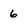
Character: 6